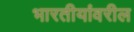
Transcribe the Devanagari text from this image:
भारतीयांवरील